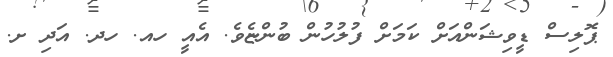
ޕޮލިސް ޑީވިޝަންއަށް ކަމަށް ފުލުހުން ބުންޏެވެ. އެއީ ހއ. ހދ. އަދި ށ.